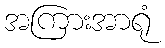
အကြားအာရုံ